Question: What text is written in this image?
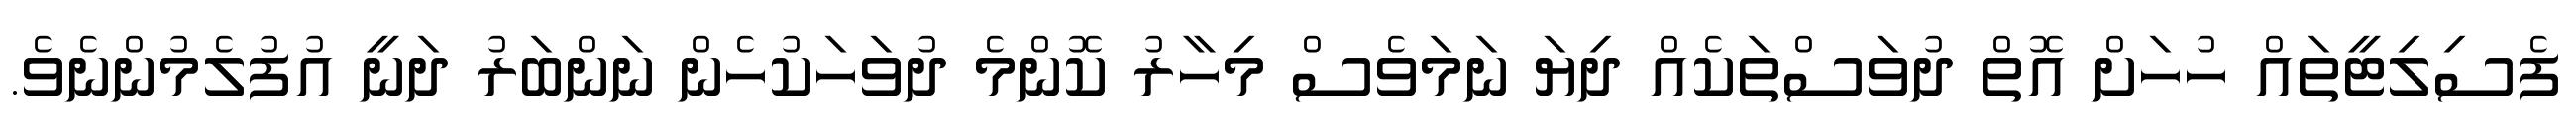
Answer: ފެސިލިޓީތައް ހުހަށް އޮތް ދުވަސްތަކެއް ދިޔަ ނަމަވެސް މިހާރު ކޮންމެ ދުވަހަކުހެން ނަންބަރު ދަނީ އުފުލެމުންނެވެ.